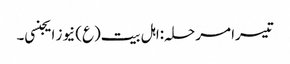
تیسرا مرحلہ:اہل بیت(ع) نیوز ایجنسی۔